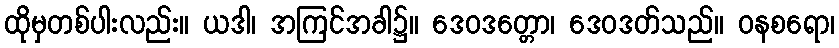
ထိုမှတစ်ပါးလည်း။ ယဒါ၊ အကြင်အခါ၌။ ဒေဝဒတ္တော၊ ဒေဝဒတ်သည်။ ဝနစရော၊